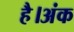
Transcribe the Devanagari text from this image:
है।अंक